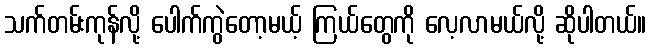
သက်တမ်းကုန်လို့ ပေါက်ကွဲတော့မယ့် ကြယ်တွေကို လေ့လာမယ်လို့ ဆိုပါတယ်။